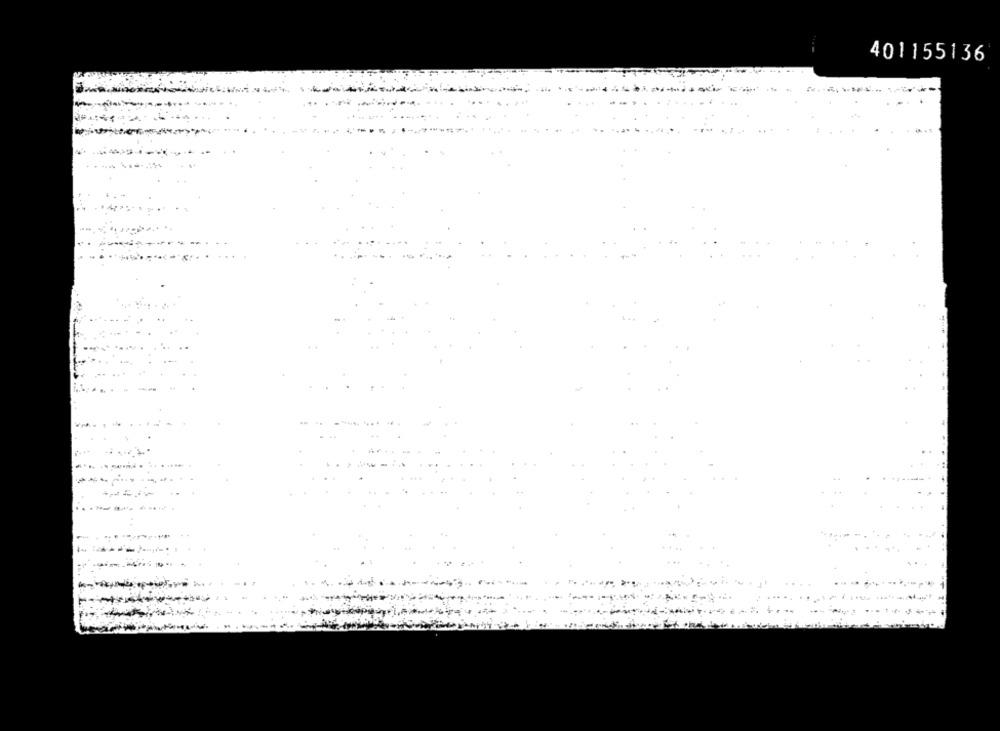
401155136